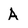
Character: A